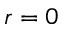
r = 0